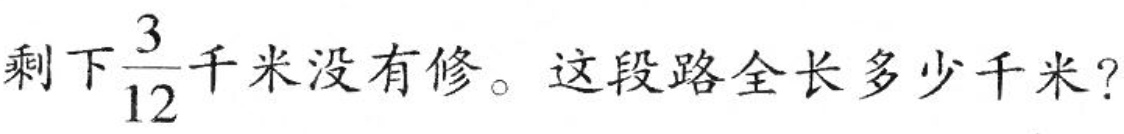
剩下 \frac{3}{12} 千米没有修。这段路全长多少千米?